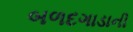
બળદગાડાની